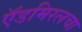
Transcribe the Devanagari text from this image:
ऍडमिरलचा